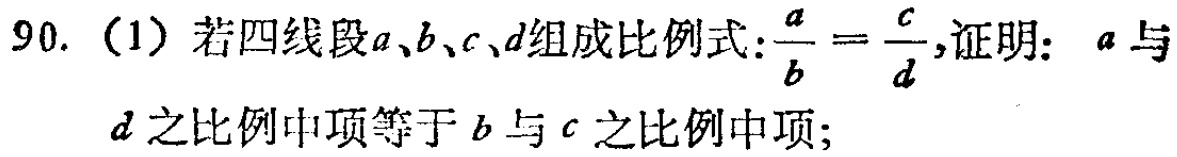
90. (1) 若四线段\(a\)、\(b\)、\(c\)、\(d\)组成比例式：\(\frac{a}{b}=\frac{c}{d}\)，证明：\(a\)与\(d\)之比例中项等于\(b\)与\(c\)之比例中项；